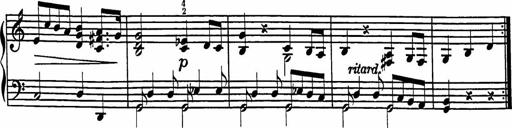
Title: 2 Sonatines
Composer: Richard Zeckwer